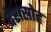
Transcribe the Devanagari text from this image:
देशस्रोह